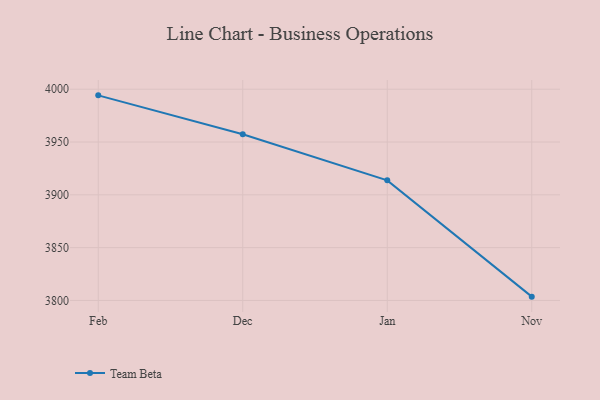
{"axis": {"x": "Month", "y": "LTV (USD)"}, "legend": ["Team Beta"], "data": [{"x": "Feb", "y": 3994.2, "type": "Team Beta"}, {"x": "Dec", "y": 3957.3, "type": "Team Beta"}, {"x": "Jan", "y": 3913.7, "type": "Team Beta"}, {"x": "Nov", "y": 3803.6, "type": "Team Beta"}]}